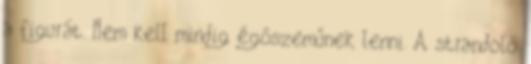
a figurát. Nem kell mindig égőszeműnek lenni. A strandoló